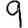
Digit: 9